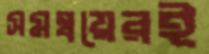
সমন্বয়েরই